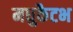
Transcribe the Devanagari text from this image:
मधुकैटभ